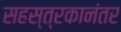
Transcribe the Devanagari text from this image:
सहस्त्रकानंतर